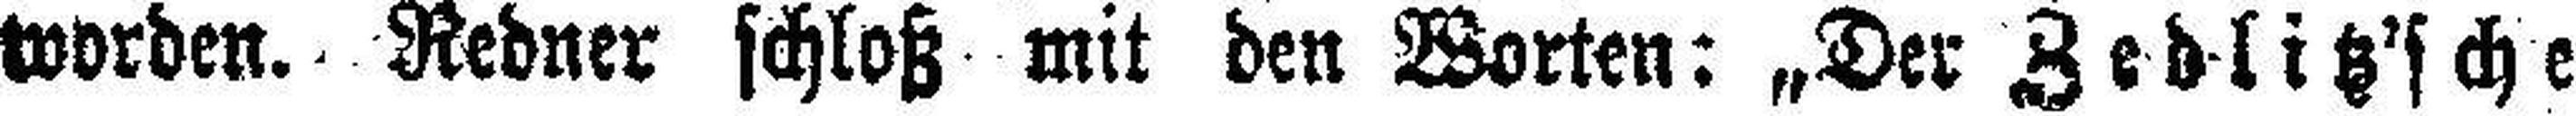
worden. Redner schloß mit den Worten: „Der Zedlitz'sche